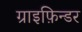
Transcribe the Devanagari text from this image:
ग्राइफ़िन्डर